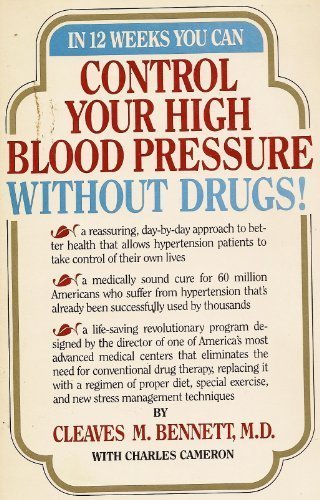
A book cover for Control Your High Blood Pressure Without Drugs; Cleaves M. Bennett; Health, Fitness & Dieting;